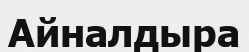
Айналдыра